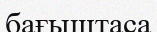
бағыштаса